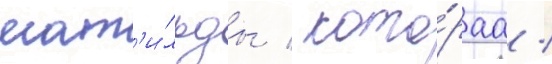
мат'и́льды / кото́раа /